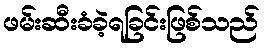
ဖမ်းဆီးခံခဲ့ရခြင်းဖြစ်သည်